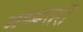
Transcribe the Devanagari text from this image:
मध्यंतरीं